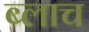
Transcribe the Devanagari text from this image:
ब्लाच